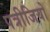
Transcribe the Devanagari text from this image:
पत्रीजियो